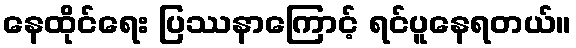
နေထိုင်ရေး ပြဿနာကြောင့် ရင်ပူနေရတယ်။